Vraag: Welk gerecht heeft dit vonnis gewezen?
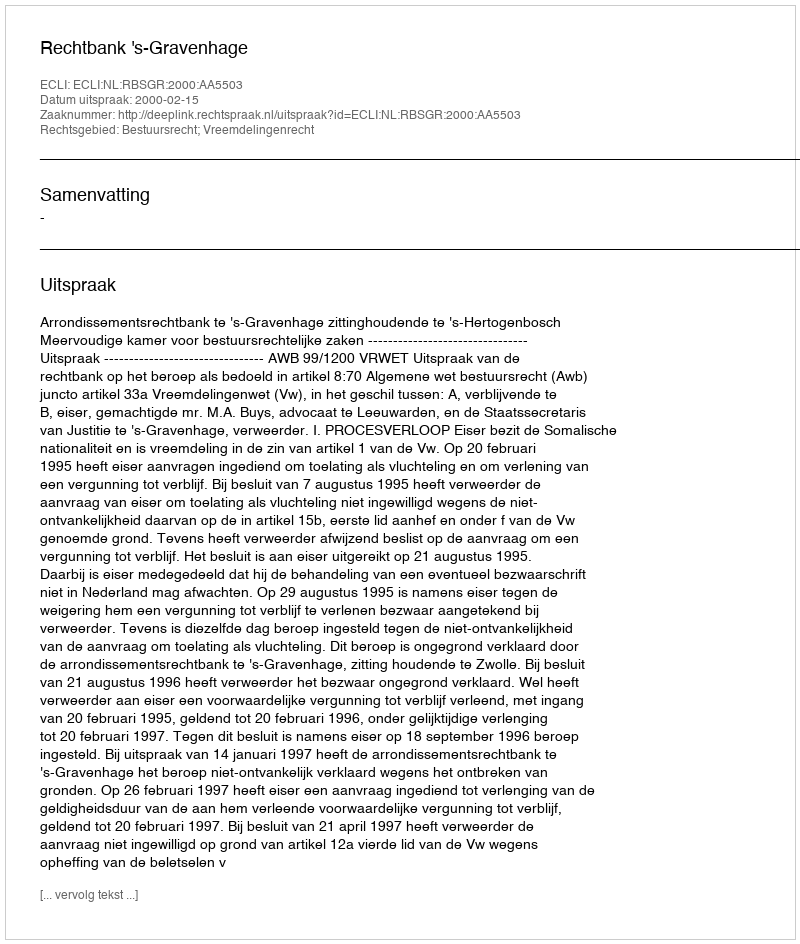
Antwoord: Rechtbank 's-Gravenhage